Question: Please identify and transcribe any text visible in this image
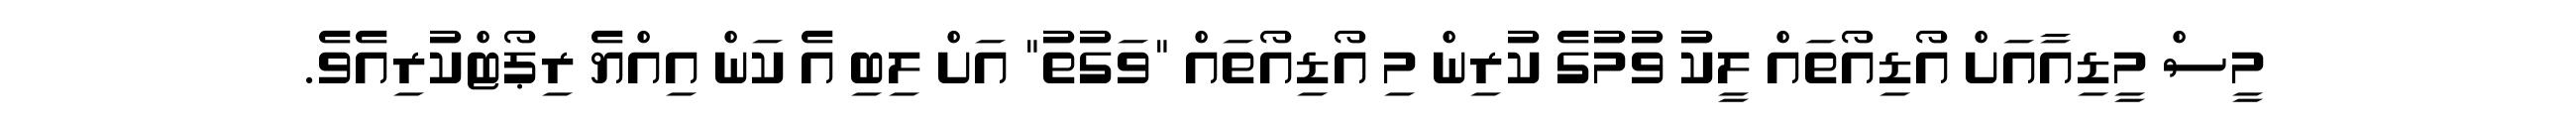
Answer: މީސް މީޑިއާއަށް އޯޑިއޯތައް ލީކު ވުމުގެ ކުރިން މި އޯޑިއޯތައް "ވަގުތު" އަށް ލިބި އެ ކަން އިއްޔެ ރިޕޯޓްކުރިއެވެ.